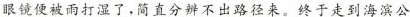
眼镜便被雨打湿了，简直分辨不出路径来。终于走到海滨公